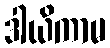
ဒါယိကာမ